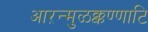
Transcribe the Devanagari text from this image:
आऱन्मुळक्कण्णाटि